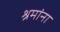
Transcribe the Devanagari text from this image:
श्रमांना